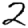
Digit: 2